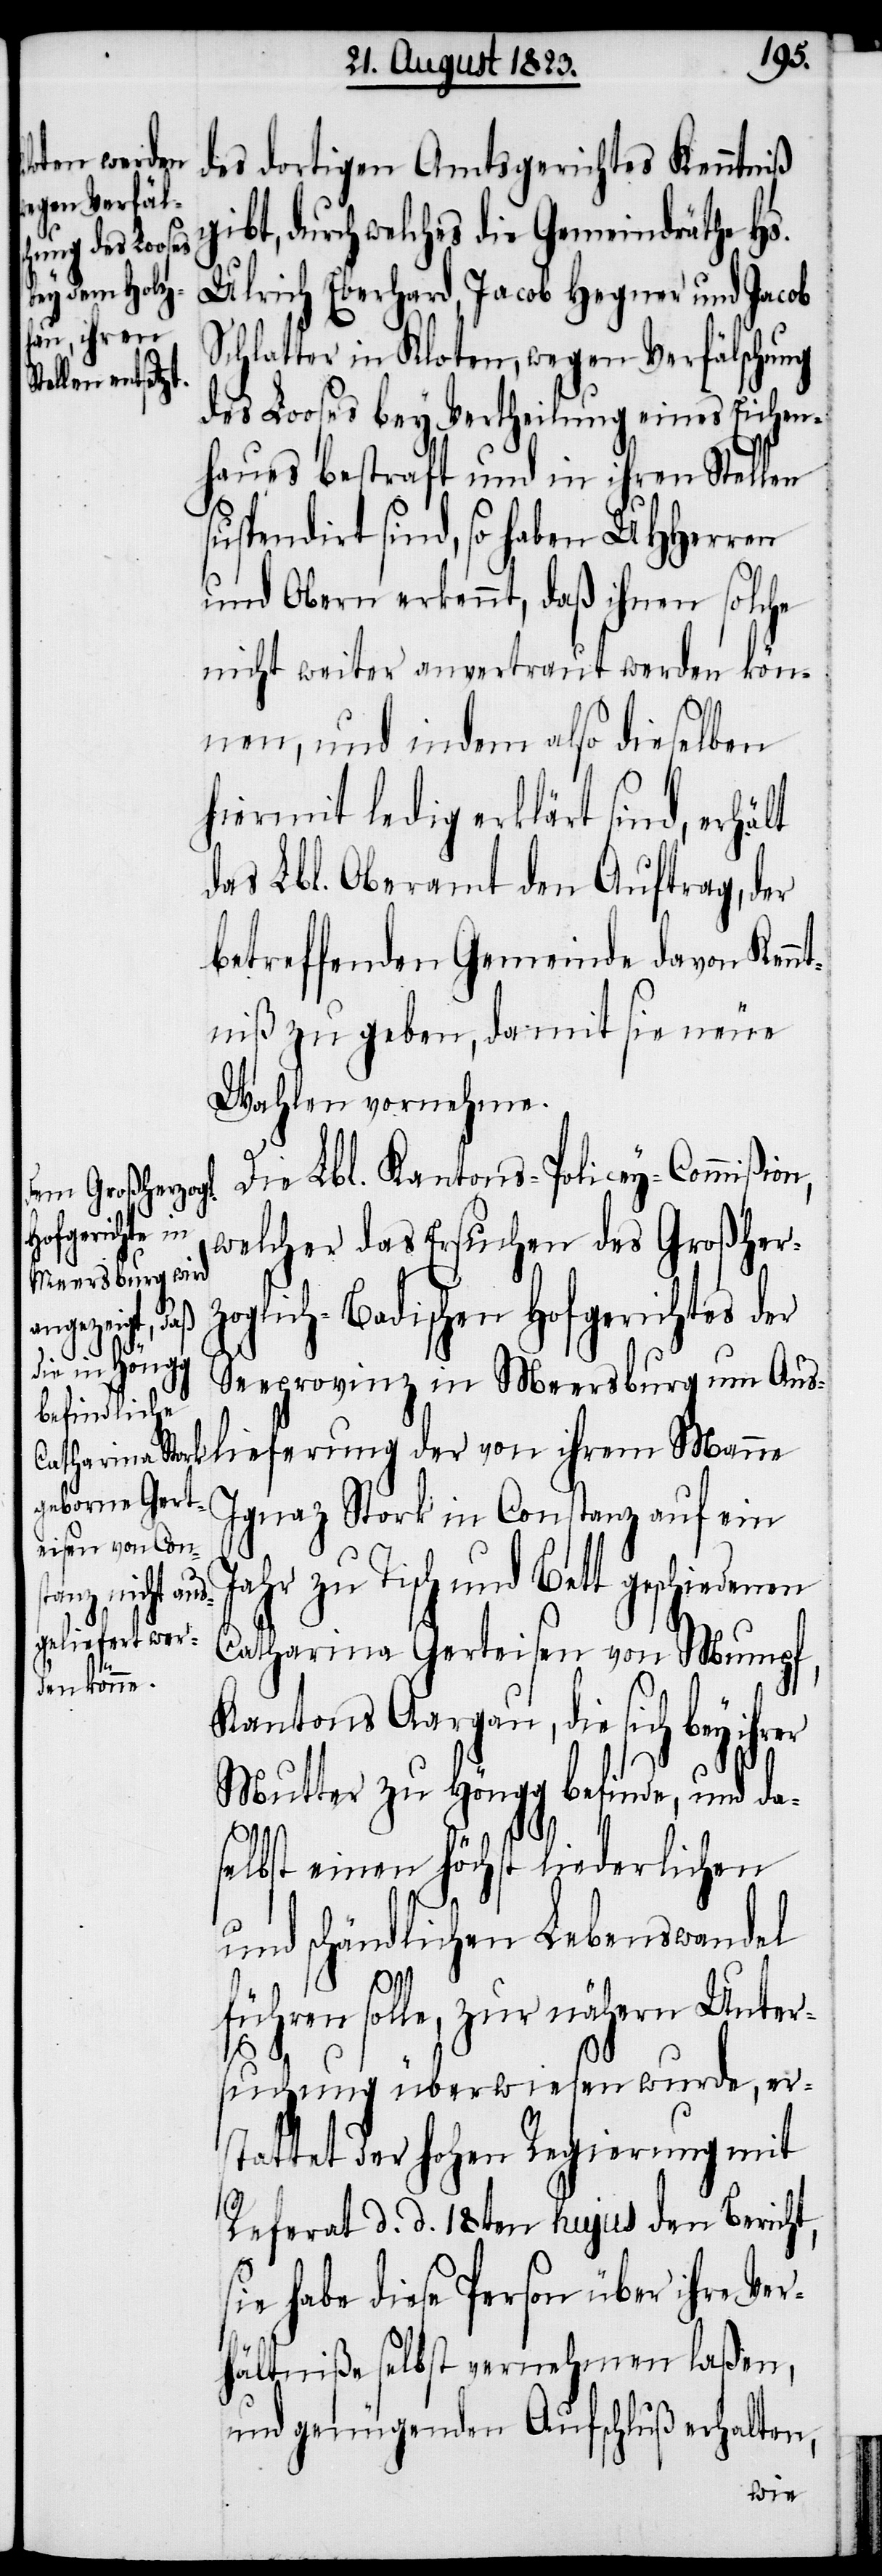
fü¬

des dortigen Amtsgerichtes Kenntniß
gibt, durch welches die Gemeindräthe Hs.
Ulrich Eberhard, Jacob Hegner und Jacob
Schlatter in Kloten, wegen Verfälschung
des Looses bey Vertheilung eines Eichen¬
haues bestraft und in ihren Stellen
uspendirt sind, so haben UHHerren
und Obern erkennt, daß ihnen solche
nicht weiter anvertraut werden kön¬
nen, und indem also dieselben
hiermit ledig erklärt sind, erhält
das Lbl. Oberamt den Auftrag, der
betreffenden Gemeinde davon Kennt¬
niß zu geben, damit sie neue
Wahlen vornehme.
Die Lbl. Kantons-Policey-Commißion,
welcher das Ersuchen des Großher¬
zoglich-Badischen Hofgerichtes der
Seeprovinz in Meersburg um Aus¬
lieferung der von ihrem Manne
Ignaz Stork in Constanz auf ein
ahr zu Tisch und Bett geschieden¬
Catharina Gerteisen von Mumpf,
Kantons Aargau, die sich bey
Mutter zu Höngg befinde, und da¬
selbst einen höchst liederlichen
und schändlichen Lebenswandel
hren solle, zur nähern Unter¬
suchung überwiesen wurde, er¬
stattet der hohen Regierung mit
Referat d. d. 18ten hujus den Bericht,
sie habe diese Person über ihre Ver¬
hältniße selbst vernehmen laßen,
und genügenden Aufschluß erhalten,